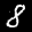
Label: 8